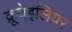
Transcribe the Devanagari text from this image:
क्रूवेइलियर